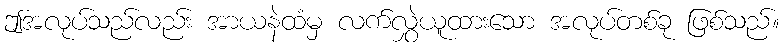
ဤအလုပ်သည်လည်း အာယနဲထံမှ လက်လွှဲယူထားသော အလုပ်တစ်ခု ဖြစ်သည်။